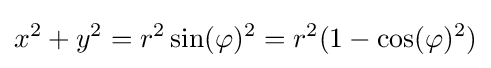
x^{2}+y^{2}=r^{2}\sin(\varphi )^{2}=r^{2}(1-\cos(\varphi )^{2})